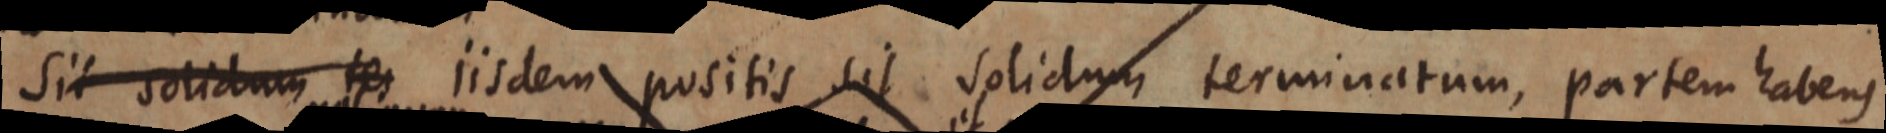
Sit solidum tes iisdem positis sit solidum terminatum, partem habens